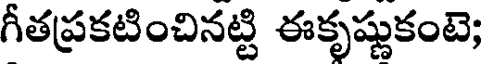
గీతప్రకటించినట్టి ఈకృష్ణుకంటె;